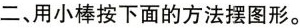
二、用小棒按下面的方法摆图形。